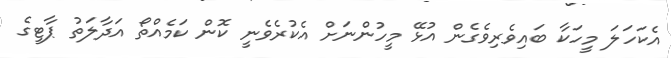
އެކަހަލަ މީހަކާ ބައިވެރިވެގެން އުޅޭ މީހުންނަށް އެކުރެވެނީ ކޮން ކަމެއްތޯ އަދާލަތު ޕާޓީގެ